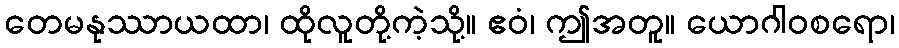
တေမနုဿာယထာ၊ ထိုလူတို့ကဲ့သို့။ ဧဝံ၊ ဤအတူ။ ယောဂါဝစရော၊